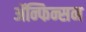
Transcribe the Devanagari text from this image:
ॲन्फिन्सन